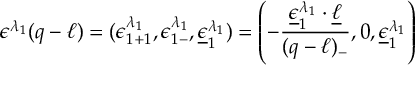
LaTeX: \epsilon ^ { \lambda _ { 1 } } ( q - \ell ) = ( \epsilon _ { 1 + 1 } ^ { \lambda _ { 1 } } , \epsilon _ { 1 - } ^ { \lambda _ { 1 } } , \underline { { { \epsilon } } } _ { 1 } ^ { \lambda _ { 1 } } ) = \left( - { \frac { \underline { { { \epsilon } } } _ { 1 } ^ { \lambda _ { 1 } } \cdot \underline { { { \ell } } } } { ( q - \ell ) _ { - } } } , 0 , \underline { { { \epsilon } } } _ { 1 } ^ { \lambda _ { 1 } } \right)